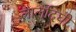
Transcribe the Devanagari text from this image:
लालदिघी